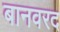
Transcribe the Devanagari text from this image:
बानवरद